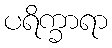
ပရိက္ခာရာ